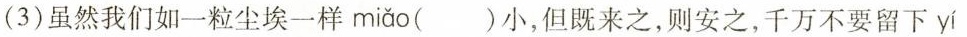
(3)虽然我们如一粒尘埃一样 miǎo ()小，但既来之，则安之，千万不要留下 yí